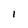
Character: 1